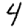
Digit: 4